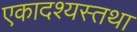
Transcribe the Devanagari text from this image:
एकादश्यस्तथा